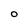
Character: O